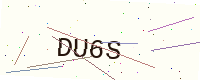
Text: DU6S